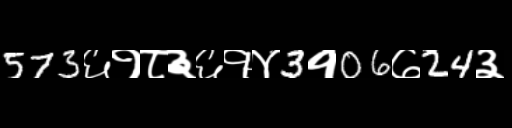
Text: 573६१८३६१४3१06७24३